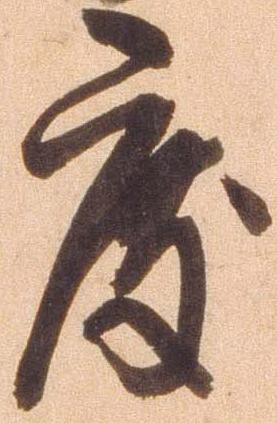
度